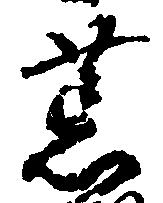
荒